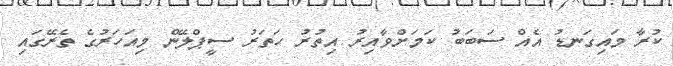
ކުރާ މައިގަނޑު އެއް ސަބަބު ކަމަށްވާއިރު އިތުރު ހަތަރު ސީޕްލޭން މިއަހަރުގެ ތެރޭގައި